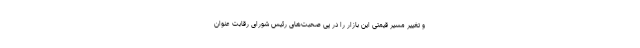
و تغییر مسیر قیمتی این بازار را در پی صحبت‌های رئیس شورای رقابت عنوان